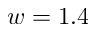
w = 1 . 4